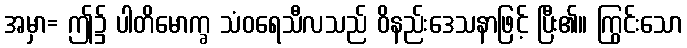
အမှာ= ဤ၌ ပါတိမောက္ခ သံဝရေသီလသည် ဝိနည်းဒေသနာဖြင့် ပြီး၏။ ကြွင်းသော